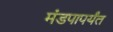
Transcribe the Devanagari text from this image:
मंडपापर्यंत